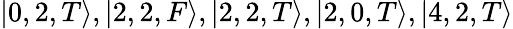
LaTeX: |0,2,T\rangle,|2,2,F\rangle,|2,2,T\rangle,|2,0,T\rangle,|4,2,T\rangle